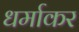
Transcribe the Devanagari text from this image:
धर्माकर